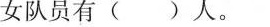
女队员有( )人。